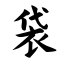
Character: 袋